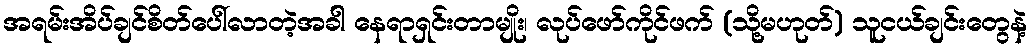
အရမ်းအိပ်ချင်စိတ်ပေါ်လာတဲ့အခါ နေရာရှင်းတာမျိုး၊ လုပ်ဖော်ကိုင်ဖက် (သို့မဟုတ်) သူငယ်ချင်းတွေနဲ့